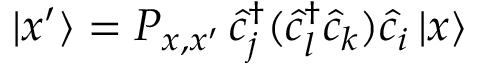
| x ^ { \prime } \rangle = P _ { x , x ^ { \prime } } \, \hat { c } _ { j } ^ { \dagger } ( \hat { c } _ { l } ^ { \dagger } \hat { c } _ { k } ) \hat { c } _ { i } \, | x \rangle